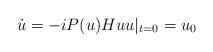
LaTeX: \begin{align*} \dot{u} = -iP(u) Huu|_{t=0}=u_0\end{align*}